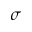
\sigma